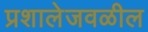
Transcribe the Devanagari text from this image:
प्रशालेजवळील